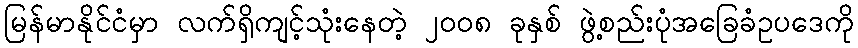
မြန်မာနိုင်ငံမှာ လက်ရှိကျင့်သုံးနေတဲ့ ၂၀၀၈ ခုနှစ် ဖွဲ့စည်းပုံအခြေခံဥပဒေကို